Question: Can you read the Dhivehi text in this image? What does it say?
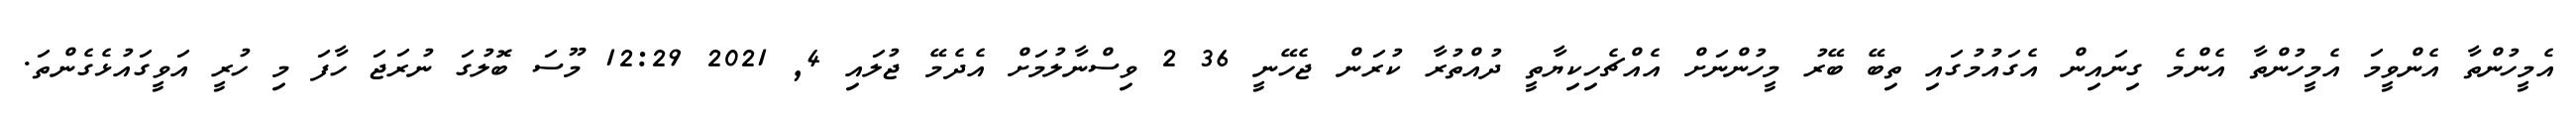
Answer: އެމީހުންތާ އެންވީމަ އެމީހުންތާ އެންމެ ގިނައިން އެގައުމުގައި ތިބޭ ބޭރު މީހުންނަށް އެއްޗެހިކިޔާތީ ދުއްތުރާ ކުރަން ޖެހޭނީ 36 2 ވިސްނާލުމަށް އެދެމޭ ޖުލައި 4, 2021 12:29 މޫސަ ބޮލުގަ ނުރަޖަ ހާފަ މި ހުރީ އަވީގައުޅެގެންތަ.